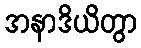
အနာဒိယိတွာ